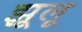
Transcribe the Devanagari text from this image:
झूलू